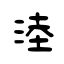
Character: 淕